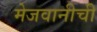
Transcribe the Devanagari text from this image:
मेजवानीची